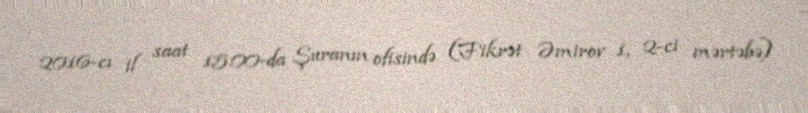
2016-cı il saat 15.00-da Şuranın ofisində (Fikrət Əmirov 1, 2-ci mərtəbə)